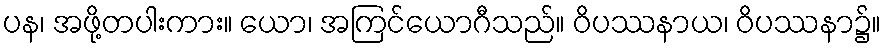
ပန၊ အဖို့တပါးကား။ ယော၊ အကြင်ယောဂီသည်။ ဝိပဿနာယ၊ ဝိပဿနာ၌။